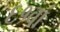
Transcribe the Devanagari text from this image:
६१वां